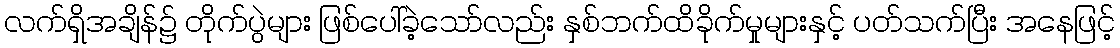
လက်ရှိအချိန်၌ တိုက်ပွဲများ ဖြစ်ပေါ်ခဲ့သော်လည်း နှစ်ဘက်ထိခိုက်မှုများနှင့် ပတ်သက်ပြီး အနေဖြင့်